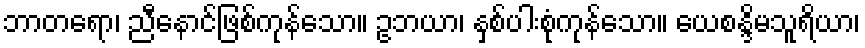
ဘာတရော၊ ညီနောင်ဖြစ်ကုန်သော။ ဥဘယာ၊ နှစ်ပါးစုံကုန်သော။ ယေစန္ဒိမသူရိယာ၊